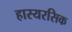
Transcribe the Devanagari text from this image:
हास्यरसिक